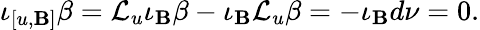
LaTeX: \iota_{[u,\mathbf{B}]}\beta=\mathcal{{L}}_{u}\iota_{\mathbf{B}}\beta-\iota_{\mathbf{B}}\mathcal{{L}}_{u}\beta=-\iota_{\mathbf{B}}d\nu=0.